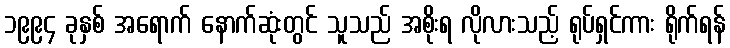
၁၉၉၄ ခုနှစ် အရောက် နောက်ဆုံးတွင် သူသည် အစိုးရ လိုလားသည့် ရုပ်ရှင်ကား ရိုက်ရန်